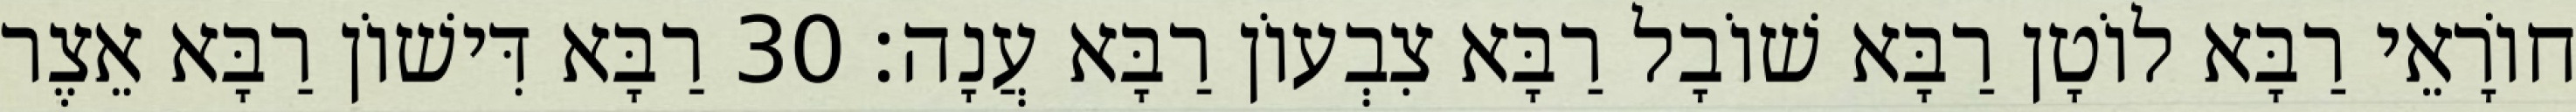
חוֹרָאֵי רַבָּא לוֹטָן רַבָּא שׁוֹבָל רַבָּא צִבְעוֹן רַבָּא עֲנָה׃ 30 רַבָּא דִּישׁוֹן רַבָּא אֵצֶר